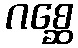
ဂစ္ဆေ